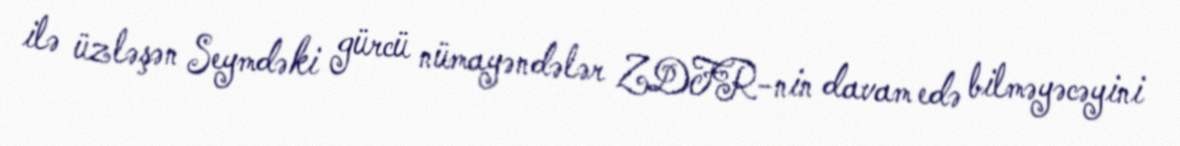
ilə üzləşən Seymdəki gürcü nümayəndələr ZDFR-nin davam edə bilməyəcəyini